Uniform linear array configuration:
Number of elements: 48
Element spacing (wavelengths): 0.25
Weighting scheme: cosine
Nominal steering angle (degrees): -60
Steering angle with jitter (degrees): -61.845
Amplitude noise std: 0.05
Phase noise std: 0.05

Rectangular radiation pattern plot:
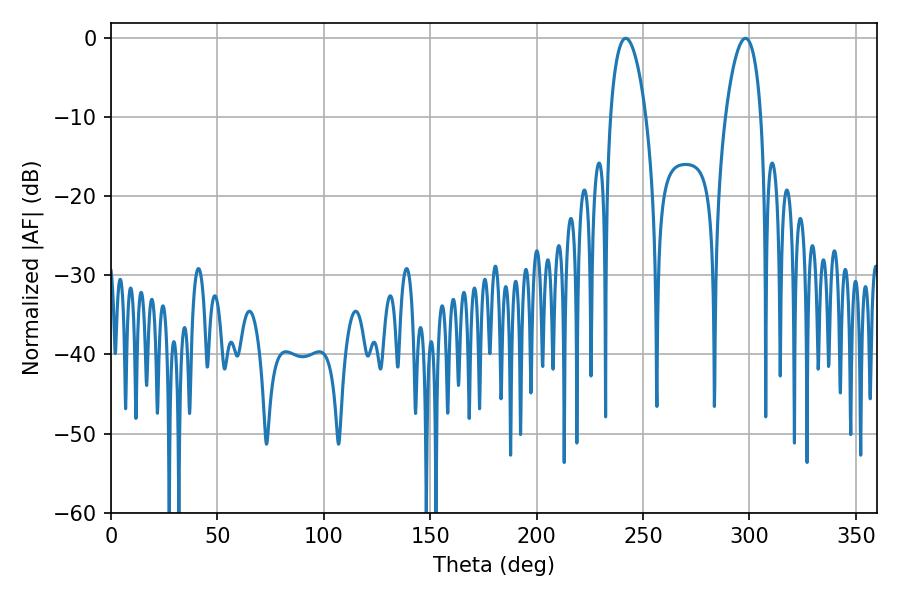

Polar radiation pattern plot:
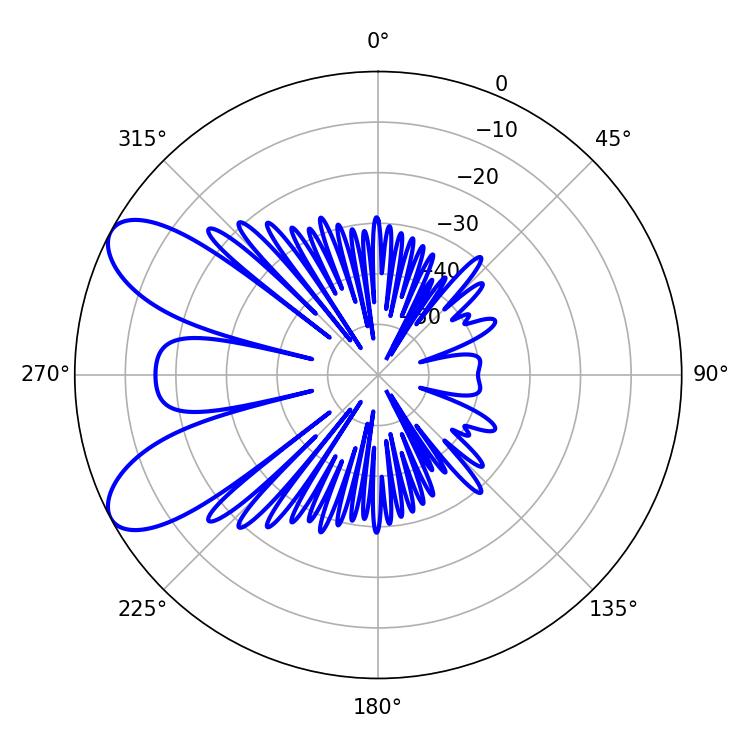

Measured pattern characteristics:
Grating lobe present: FALSE
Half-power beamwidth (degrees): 9.36
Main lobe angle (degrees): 241.92